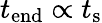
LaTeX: t_{\mathrm{end}}\propto t_{\mathrm{s}}